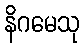
နိဂမေသု